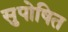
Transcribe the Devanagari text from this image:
सुपोषित